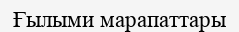
Ғылыми марапаттары